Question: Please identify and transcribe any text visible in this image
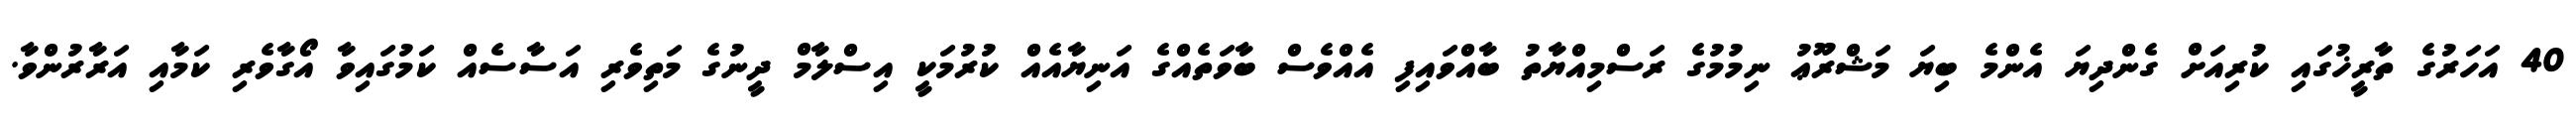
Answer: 40 އަހަރުގެ ތާރީޚުގައި ކުރިއަށް ގެންދިޔަ އެންމެ ބިޔަ މަޝްރޫޢު ނިމުމުގެ ރަސްމިއްޔާތު ބާއްވައިފި އެއްވެސް ބާވަތެއްގެ އަނިޔާއެއް ކުރުމަކީ އިސްލާމް ދީނުގެ މަތިވެރި އަސާސެއް ކަމުގައިވާ އޯގާވެރި ކަމާއި އަރާރުންވާ.